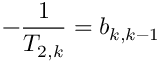
- \frac { 1 } { T _ { 2 , k } } = b _ { k , k - 1 }